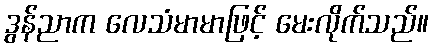
ဒွန်ညာက လေသံမာမာဖြင့် မေးလိုက်သည်။